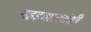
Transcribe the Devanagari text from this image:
गहड़वालवंशी